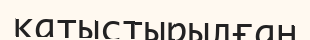
қатыстырылған